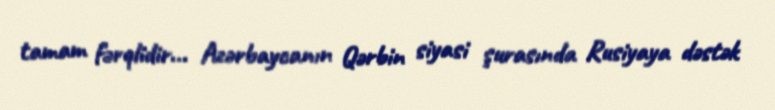
tamam fərqlidir... Azərbaycanın Qərbin siyasi şurasında Rusiyaya dəstək